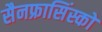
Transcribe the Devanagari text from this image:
सैनफ्रासिंस्को